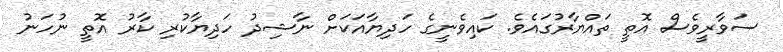
ސަވާރީވެސް އޮތީ ތައްޔާރުގައެވެ. ކައިވެނީގެ ހަދިޔާއަކަށް ނާޝިދު ހަދިޔާކުރި ކާރު އޮތީ ނުހަނު